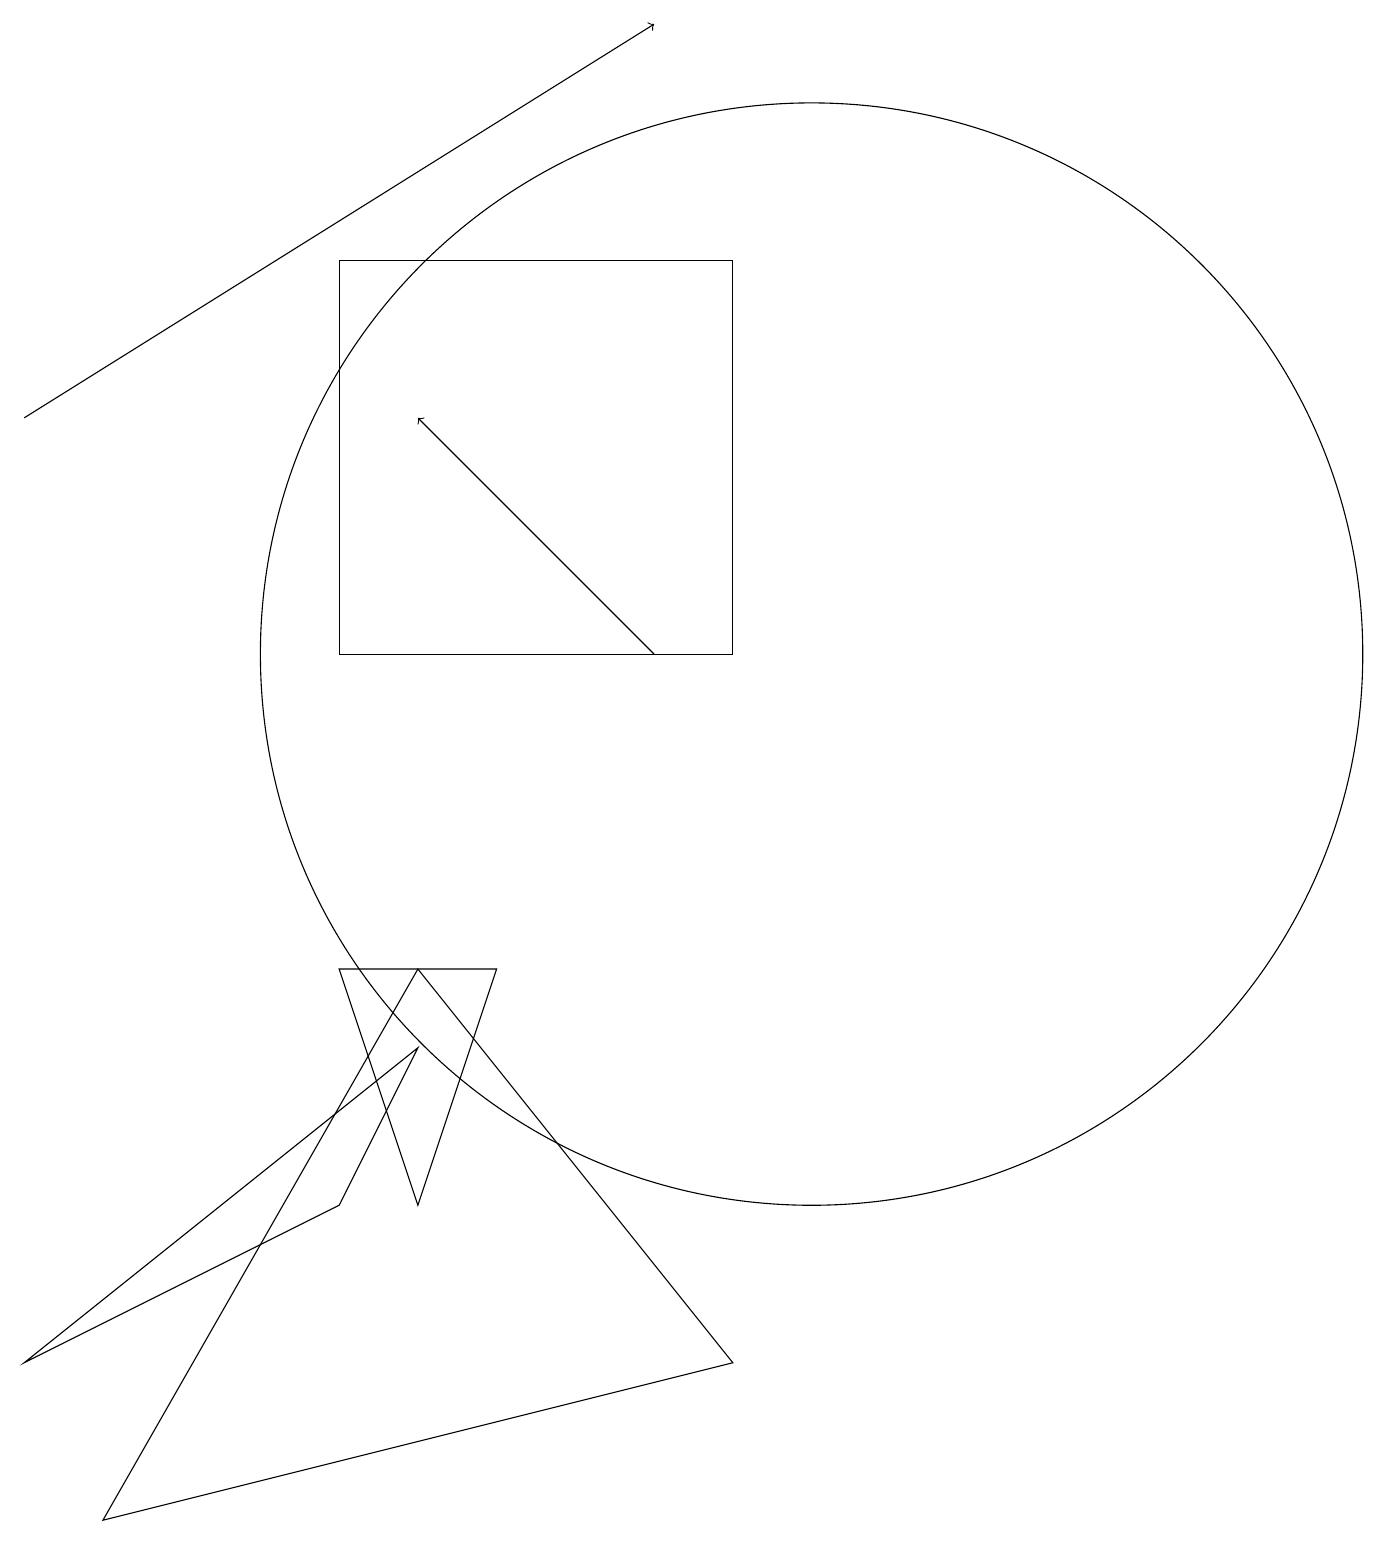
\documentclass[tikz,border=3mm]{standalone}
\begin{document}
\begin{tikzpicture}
\draw (4,7) -- (6,7) -- (5,4) -- cycle;
\draw (10,11) circle (7);
\draw (5,6) -- (4,4) -- (0,2) -- cycle;
\draw[->] (8,11) -- (5,14);
\draw (5,7) -- (1,0) -- (9,2) -- cycle;
\draw (9,11) rectangle (4,16);
\draw[->] (0,14) -- (8,19);
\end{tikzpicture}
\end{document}